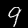
Label: 9